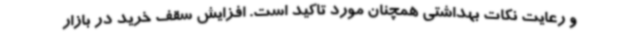
و رعایت نکات بهداشتی همچنان مورد تاکید است. افزایش سقف خرید در بازار